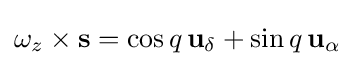
\omega _{z}\times \mathbf {s} =\cos q\,\mathbf {u} _{\delta }+\sin q\,\mathbf {u} _{\alpha }